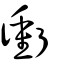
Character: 衝